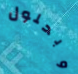
وبحلول